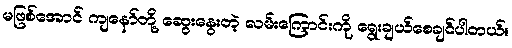
မဖြစ်အောင် ကျနော်တို့ ဆွေးနွေးတဲ့ လမ်းကြောင်းကို ရွေးချယ်စေချင်ပါတယ်။